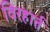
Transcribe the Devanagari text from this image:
विरहार्त